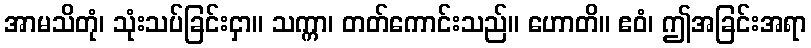
အာမသိတုံ၊ သုံးသပ်ခြင်းငှာ။ သက္ကာ၊ တတ်ကောင်းသည်။ ဟောတိ။ ဧဝံ၊ ဤအခြင်းအရာ